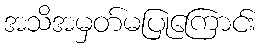
အသိအမှတ်မပြုကြောင်း